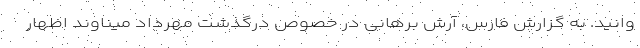
وانید. به گزارش فارس، آرش برهانی در خصوص درگذشت مهرداد میناوند اظهار